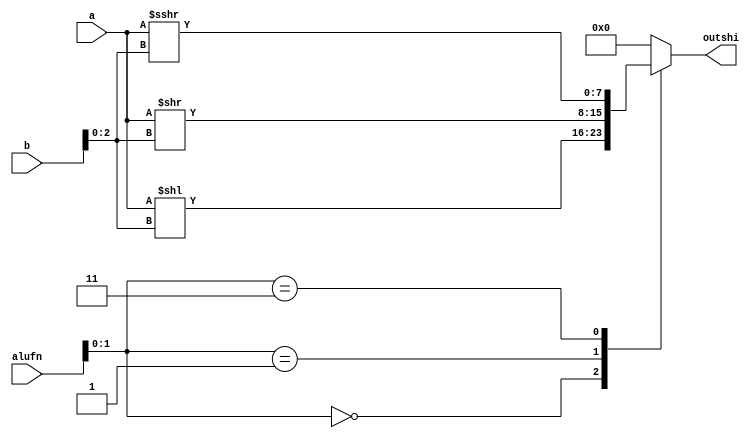
/*
   This file was generated automatically by the Mojo IDE version B1.3.6.
   Do not edit this file directly. Instead edit the original Lucid source.
   This is a temporary file and any changes made to it will be destroyed.
*/

module shift_95 (
    input [7:0] a,
    input [7:0] b,
    input [5:0] alufn,
    output reg [7:0] outshi
  );
  
  
  
  always @* begin
    outshi[0+7-:8] = 1'h0;
    
    case (alufn[0+1-:2])
      2'h0: begin
        outshi = a << b[0+2-:3];
      end
      2'h1: begin
        outshi = a >> b[0+2-:3];
      end
      2'h3: begin
        outshi = $signed(a) >>> b[0+2-:3];
      end
    endcase
  end
endmodule